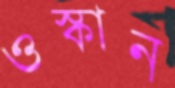
ওস্‌কান